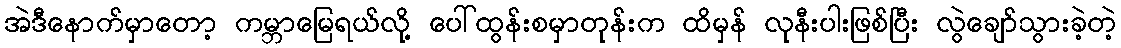
အဲဒီနောက်မှာတော့ ကမ္ဘာမြေရယ်လို့ ပေါ်ထွန်းစမှာတုန်းက ထိမှန် လုနီးပါးဖြစ်ပြီး လွဲချော်သွားခဲ့တဲ့